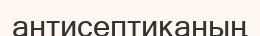
антисептиканың